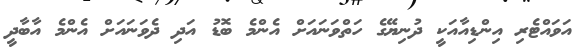
އަވައްޓެރި އިންޑިއާއަކީ ދުނިޔޭގެ ހަތްވަނައަށް އެންމެ ބޮޑު އަދި ދެވަނައަށް އެންމެ އާބާދީ